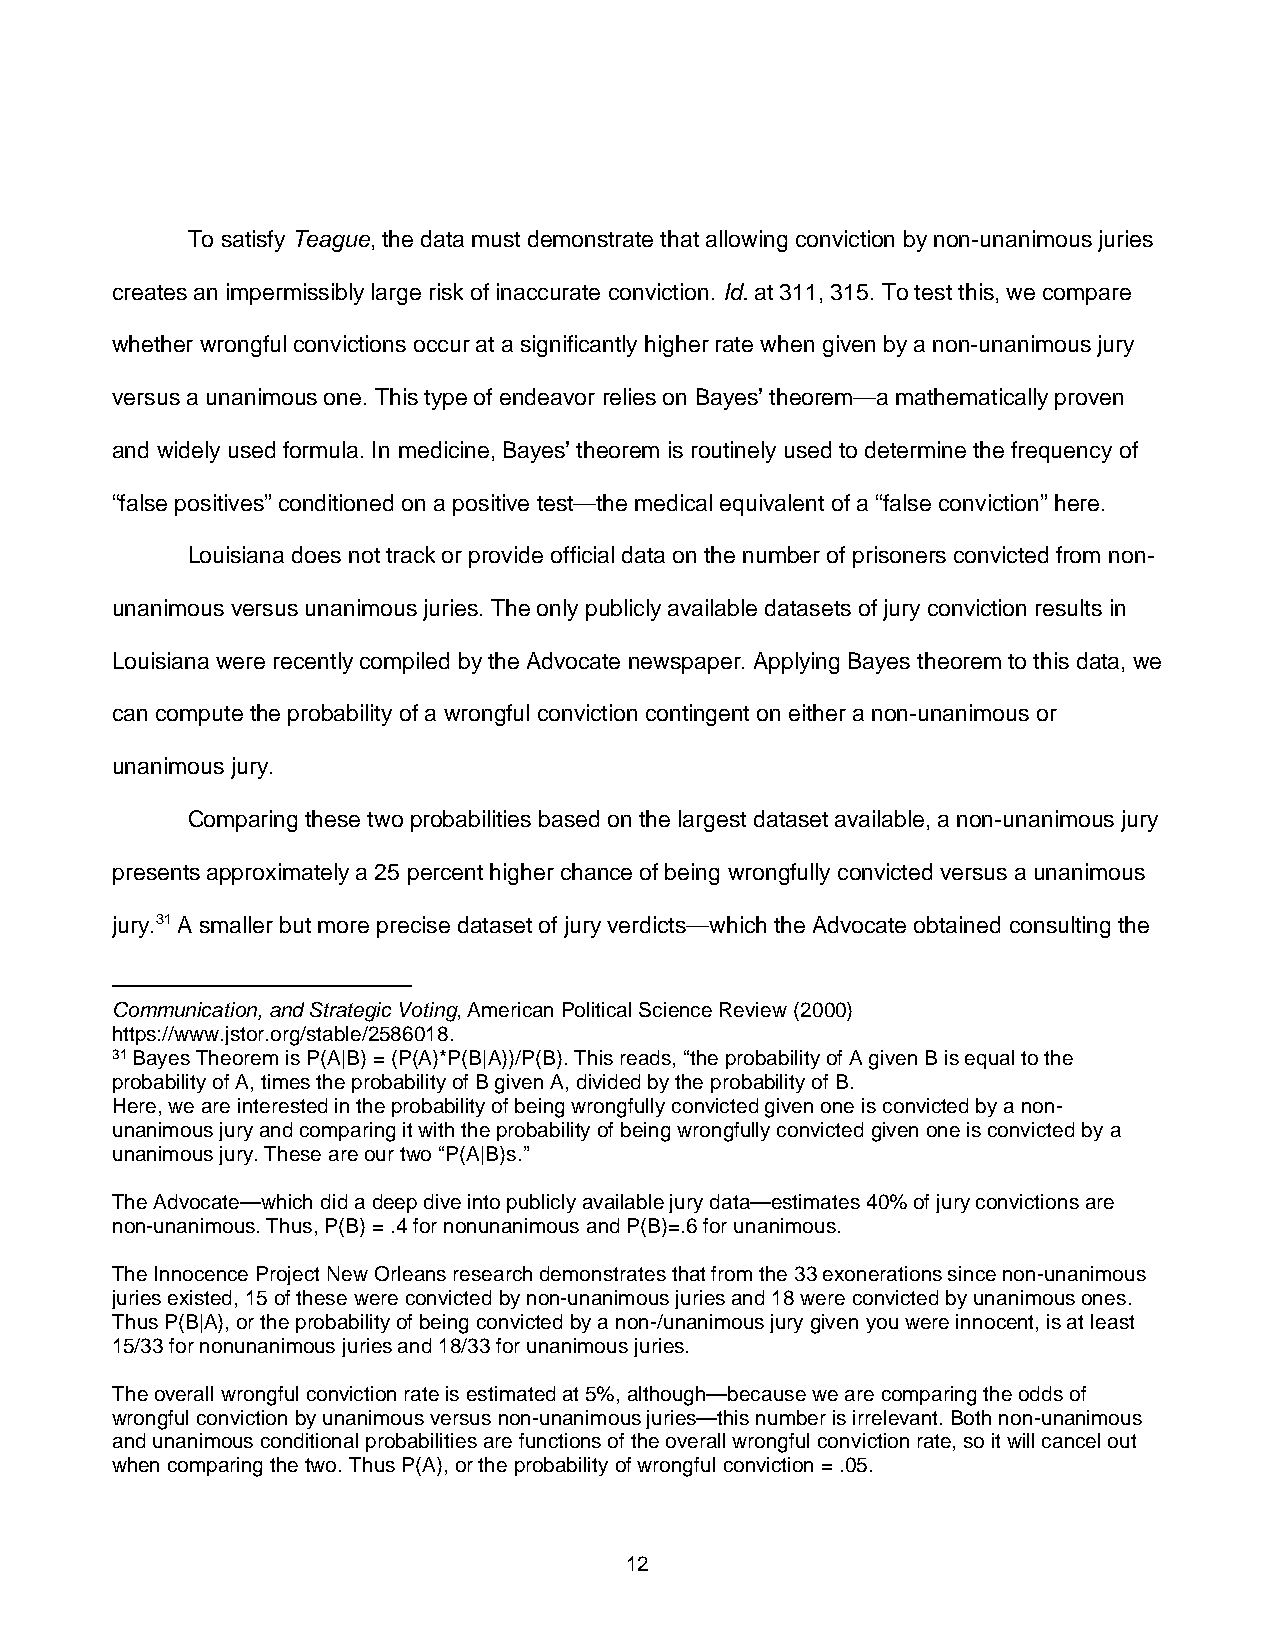
To satisfy Teague, the data must demonstrate that allowing conviction by non-unanimous juries
 creates an impermissibly large risk of inaccurate conviction. Id. at 311, 315. To test this, we compare
 whether wrongful convictions occur at a significantly higher rate when given by a non-unanimous jury
 versus a unanimous one. This type of endeavor relies on Bayes’ theorem—a mathematically proven
 and widely used formula. In medicine, Bayes’ theorem is routinely used to determine the frequency of
 “false positives” conditioned on a positive test—the medical equivalent of a “false conviction” here.
 Louisiana does not track or provide official data on the number of prisoners convicted from non-
 unanimous versus unanimous juries. The only publicly available datasets of jury conviction results in
 Louisiana were recently compiled by the Advocate newspaper. Applying Bayes theorem to this data, we
 can compute the probability of a wrongful conviction contingent on either a non-unanimous or
 unanimous jury.
 Comparing these two probabilities based on the largest dataset available, a non-unanimous jury
 presents approximately a 25 percent higher chance of being wrongfully convicted versus a unanimous
 jury.31 A smaller but more precise dataset of jury verdicts—which the Advocate obtained consulting the
 Communication, and Strategic Voting, American Political Science Review(2000)
 https://www.jstor.org/stable/2586018.
 31 Bayes Theorem is P(A|B) = (P(A)*P(B|A))/P(B). This reads, “the probability of A given B is equal to the
 probability of A, times the probability of B given A, divided by the probability of B.
 Here, we are interested in the probability of being wrongfully convicted given one is convicted by a non-
 unanimous jury and comparing it with the probability of being wrongfully convicted given one is convicted by a
 unanimous jury. These are our two “P(A|B)s.”
 The Advocate—which did a deep dive into publicly available jury data—estimates 40% of jury convictions are
 non-unanimous. Thus, P(B) = .4 for nonunanimous and P(B)=.6 for unanimous.
 The Innocence Project New Orleans research demonstrates that from the 33 exonerations since non-unanimous
 juries existed, 15 of these were convicted by non-unanimous juries and 18 were convicted by unanimous ones.
 Thus P(B|A), or the probability of being convicted by a non-/unanimous jury given you were innocent, is at least
 15/33 for nonunanimous juries and 18/33 for unanimous juries.
 The overall wrongful conviction rate is estimated at 5%, although—because we are comparing the odds of
 wrongful conviction by unanimous versus non-unanimous juries—this number is irrelevant. Both non-unanimous
 and unanimous conditional probabilities are functions of the overall wrongful conviction rate, so it will cancel out
 when comparing the two. Thus P(A), or the probability of wrongful conviction = .05.
 12